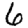
Digit: 6